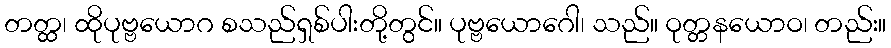
တတ္ထ၊ ထိုပုဗ္ဗယောဂ စသည်ရှစ်ပါးတို့တွင်။ ပုဗ္ဗယောဂေါ၊ သည်။ ဝုတ္တနယောဝ၊ တည်း။